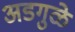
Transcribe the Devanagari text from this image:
अडगुळे